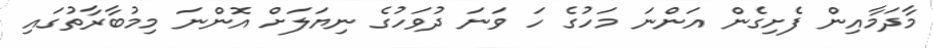
މާދަމާއިން ފެށިގެން އަންނަ މަހުގެ ހަ ވަނަ ދުވަހުގެ ނިޔަލަށް އޮންނަ މިމުބާރާތުގައި